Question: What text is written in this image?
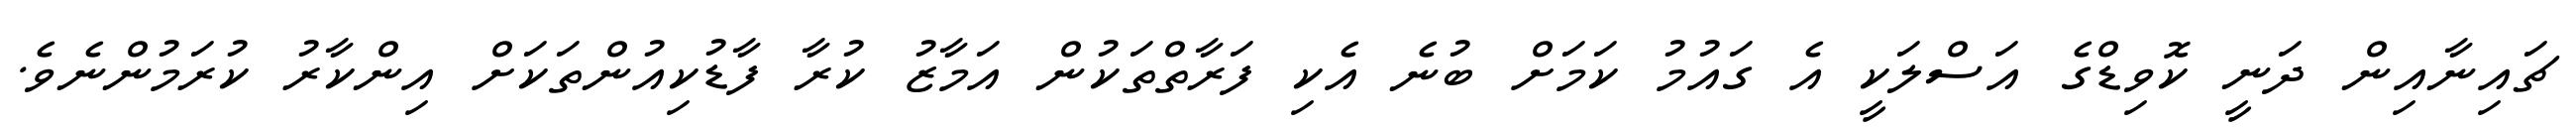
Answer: ޗައިނާއިން ދަނީ ކޮވިޑްގެ އަސްލަކީ އެ ގައުމު ކަމަށް ބުނެ އެކި ފަރާތްތަކުން އަމާޒު ކުރާ ފާޑުކިއުންތަކަށް އިންކާރު ކުރަމުންނެވެ.